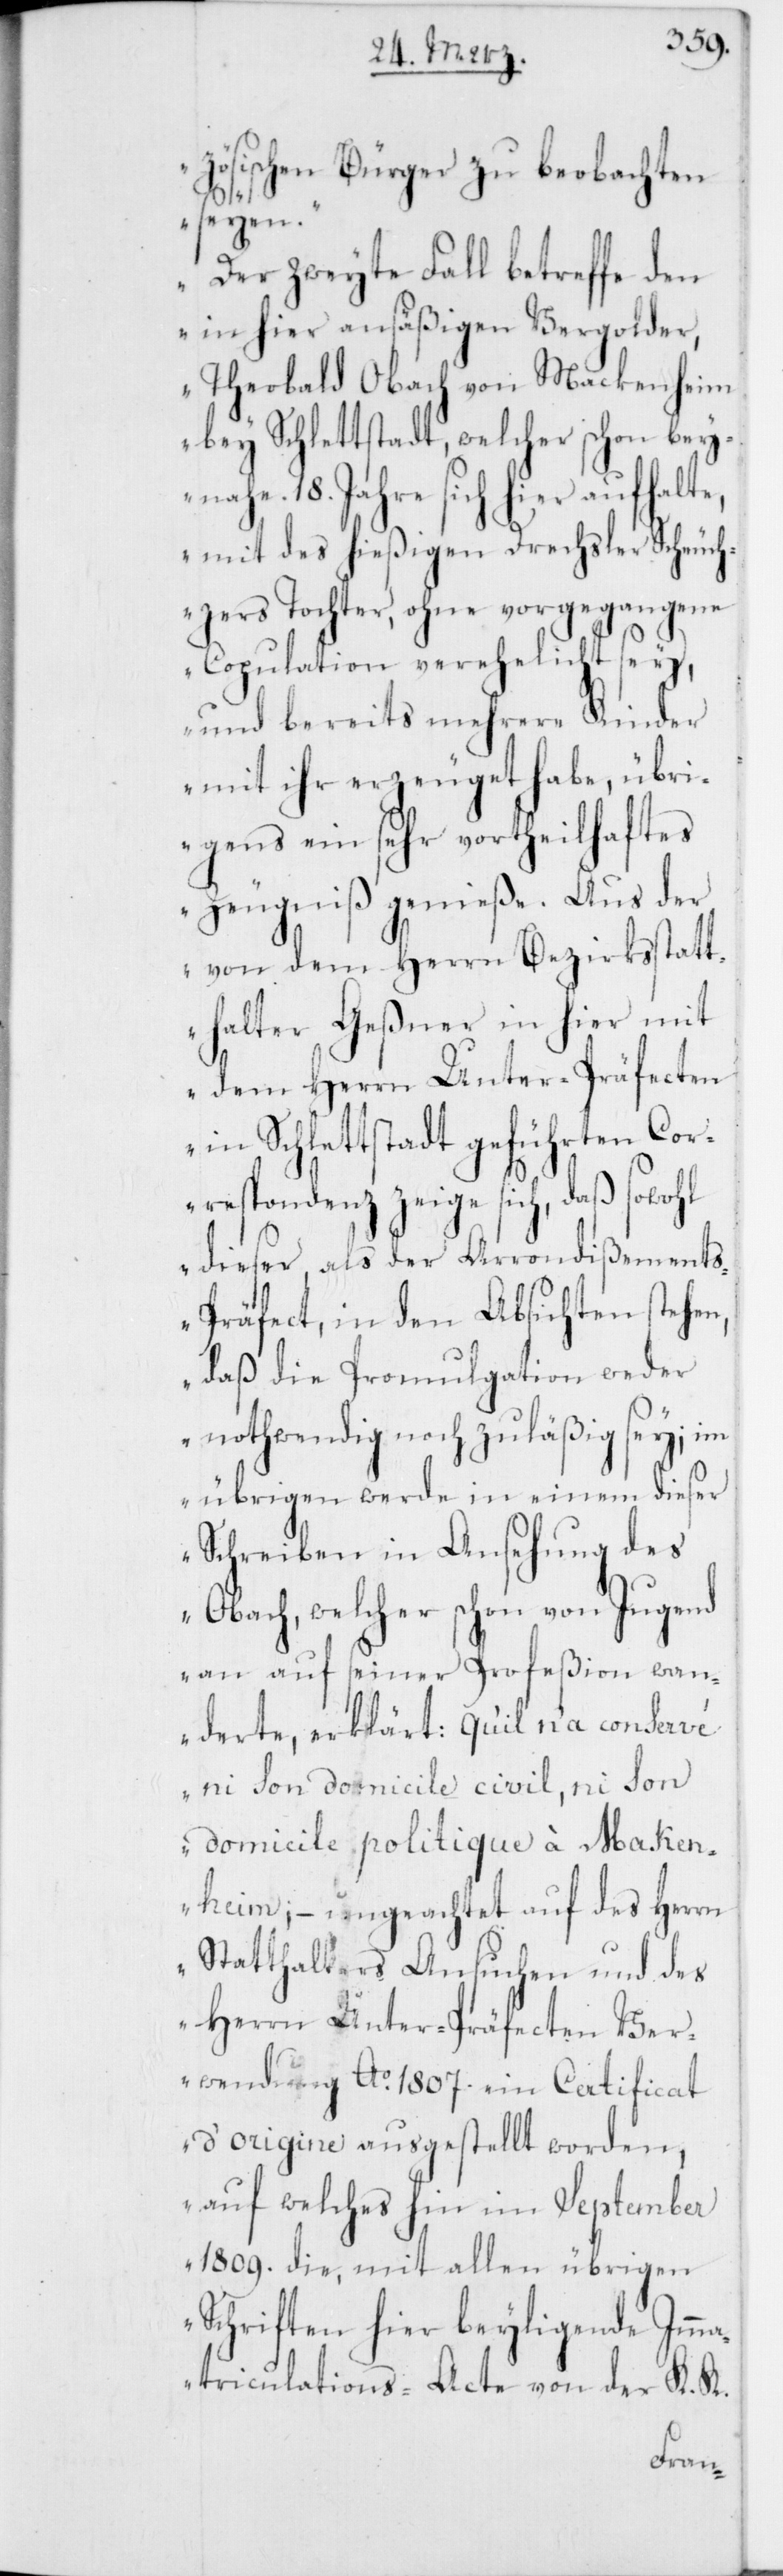
zösischen Bürger zu beobachten
seyen.
Der zweyte Fall betreffe den
in hier ansäßigen Vergolder,
Theobald Obach von Mackenheim
bey Schlettstadt, welcher schon bey¬
nahe 18. Jahre sich hier aufhalte,
mit des hießigen Drechsler Scheuch¬
zers Tochter, ohne vorgegangene
Copulation verehelicht sey,
und bereits mehrere Kinder
mit ihr erzeuget habe, übri¬
gens ein sehr vortheilhaftes
Zeugniß genieße. Aus der
von dem Herrn Bezirksstatt¬
halter Geßner in hier mit
dem Herrn Unter-Präfecten
in Schlettstadt geführten Cor¬
respondenz zeige sich, daß sowohl
dieser, als der Arrondißement¬
s-Präfect in den Absichten stehen,
daß die Promulgation weder
nothwendig noch zuläßig sey; im
übrigen werde in einem dieser
Schreiben in Ansehung des
Obach, welcher schon von Jugend
an auf seiner Profeßion wan¬
derte, erklärt: qu’il n’a conservé
ni son domicile civil, ni son
domicile politique à Maken¬
heim; – ungeachtet auf des Herrn
Statthalters Ansuchen und des
Herrn Unter-Präfecten Ver¬
wendung Ao. 1807. ein Certificat
d’origine ausgestellt worden,
auf welches hin im September
1809. die, mit allen übrigen
Schriften hier beyligende Imm¬
atriculations-Acte von der K. K.